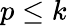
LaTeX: p\leq k